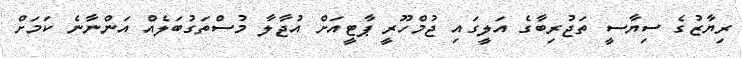
ރިޔާޒުގެ ސިޔާސީ ތަޖުރިބާގެ އަލީގައި ޖުމްހޫރީ ޕާޓީއަށް އުޖާލާ މުސްތަގުބަލެއް އަންނާނެ ކަމަށް